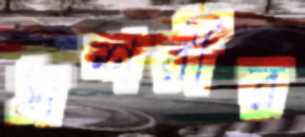
সশরীর